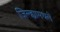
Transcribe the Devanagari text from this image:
जिल्ह्यामधले